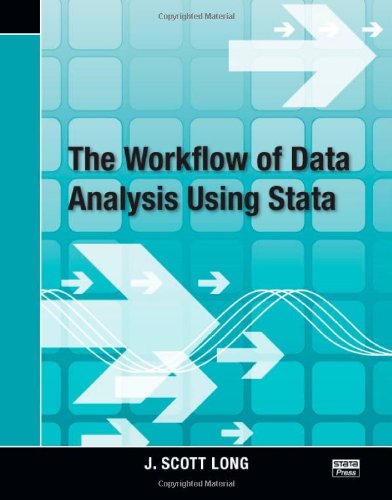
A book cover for The Workflow of Data Analysis Using Stata; J. Scott Long; Computers & Technology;